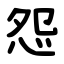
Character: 怨